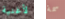
لأغنية سمة